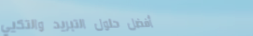
أفضل حلول التبريد والتكيي